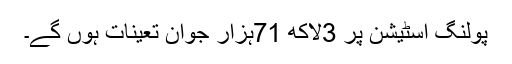
پولنگ اسٹیشن پر 3لاکھ 71ہزار جوان تعینات ہوں گے۔